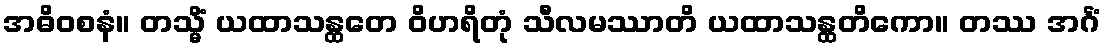
အဓိဝစနံ။ တသ္မိံ ယထာသန္ထတေ ဝိဟရိတုံ သီလမဿာတိ ယထာသန္ထတိကော။ တဿ အင်္ဂံ